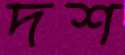
দশ